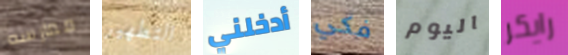
ممارسه التطهير أدخلني فكي اليوم رايكر